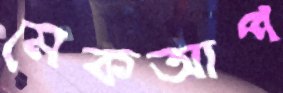
মেকআপ